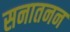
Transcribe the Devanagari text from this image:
सनातनन